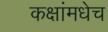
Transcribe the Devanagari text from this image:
कक्षांमधेच